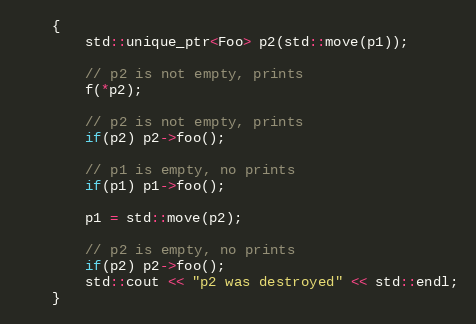
Language: C++
    {
        std::unique_ptr<Foo> p2(std::move(p1));

        // p2 is not empty, prints
        f(*p2);

        // p2 is not empty, prints
        if(p2) p2->foo();

        // p1 is empty, no prints
        if(p1) p1->foo();

        p1 = std::move(p2);

        // p2 is empty, no prints
        if(p2) p2->foo();
        std::cout << "p2 was destroyed" << std::endl;
    }